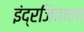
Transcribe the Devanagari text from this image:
इंद्रजिताला